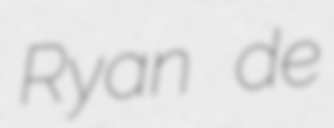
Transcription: Ryan de